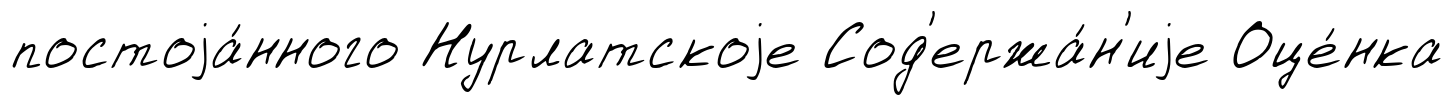
постоjа́нного Нурлатскоjе Сод'ержа́н'иjе Оце́нка